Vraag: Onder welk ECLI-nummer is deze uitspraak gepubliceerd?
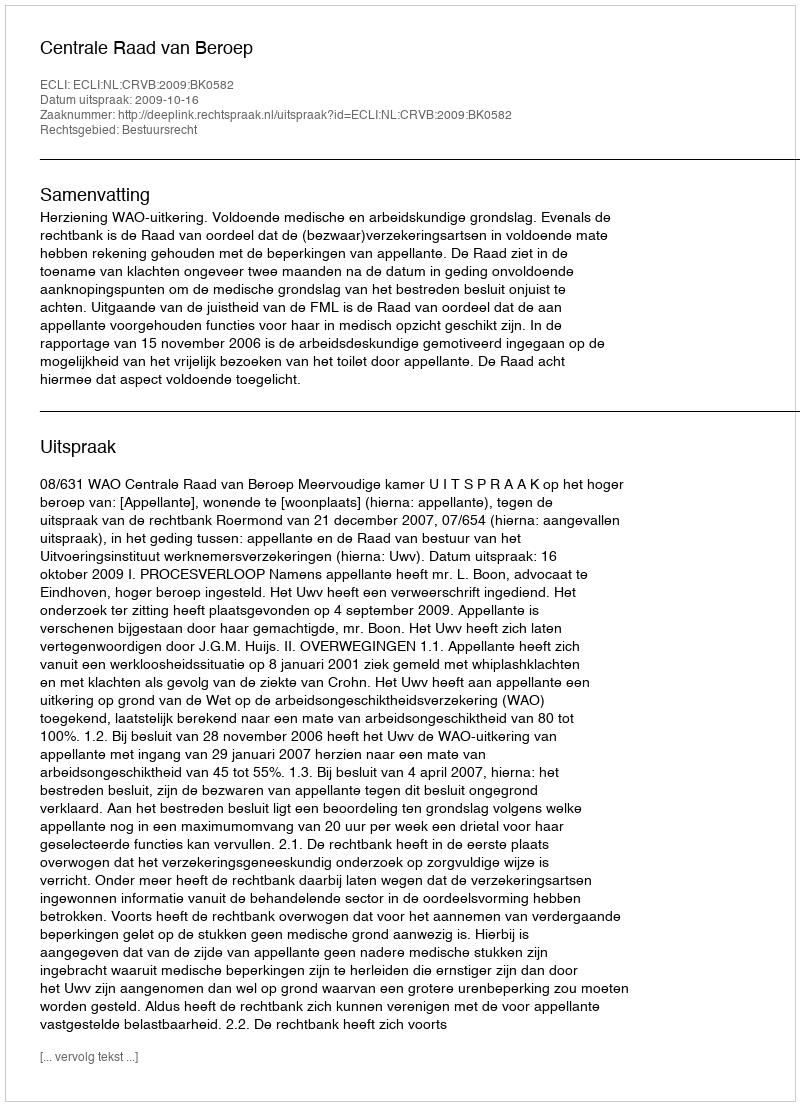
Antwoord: ECLI:NL:CRVB:2009:BK0582